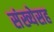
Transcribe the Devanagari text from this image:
संख्येसह